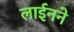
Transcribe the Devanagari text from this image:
लाईनने